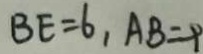
B E = 6 , A B = 9